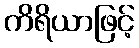
ကိရိယာဖြင့်